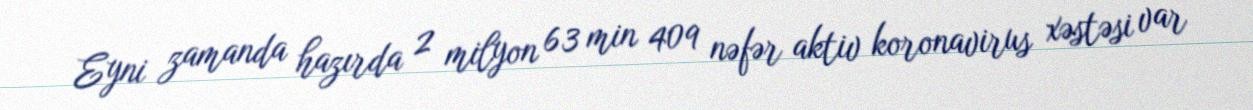
Eyni zamanda hazırda 2 milyon 63 min 409 nəfər aktiv koronavirus xəstəsi var